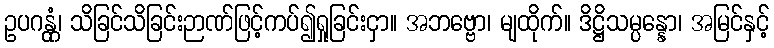
ဥပဂန္တုံ၊ သိခြင်သိခြင်းဉာဏ်ဖြင့်ကပ်၍ရှုခြင်းငှာ။ အဘဗ္ဗော၊ မျထိုက်။ ဒိဋ္ဌိသမ္ပန္နော၊ အမြင်နှင့်